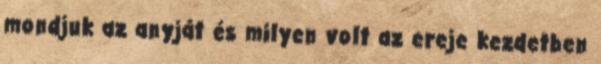
mondjuk az anyját és milyen volt az ereje kezdetben